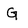
Character: G